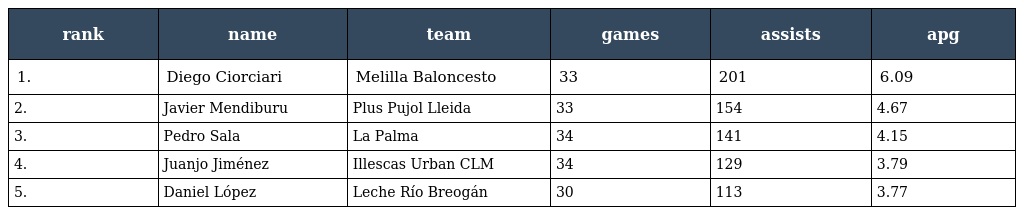
| rank | name | team | games | assists | apg |
 | --- | --- | --- | --- | --- | --- |
 | 1. | Diego Ciorciari | Melilla Baloncesto | 33 | 201 | 6.09 |
 | 2. | Javier Mendiburu | Plus Pujol Lleida | 33 | 154 | 4.67 |
 | 3. | Pedro Sala | La Palma | 34 | 141 | 4.15 |
 | 4. | Juanjo Jiménez | Illescas Urban CLM | 34 | 129 | 3.79 |
 | 5. | Daniel López | Leche Río Breogán | 30 | 113 | 3.77 |